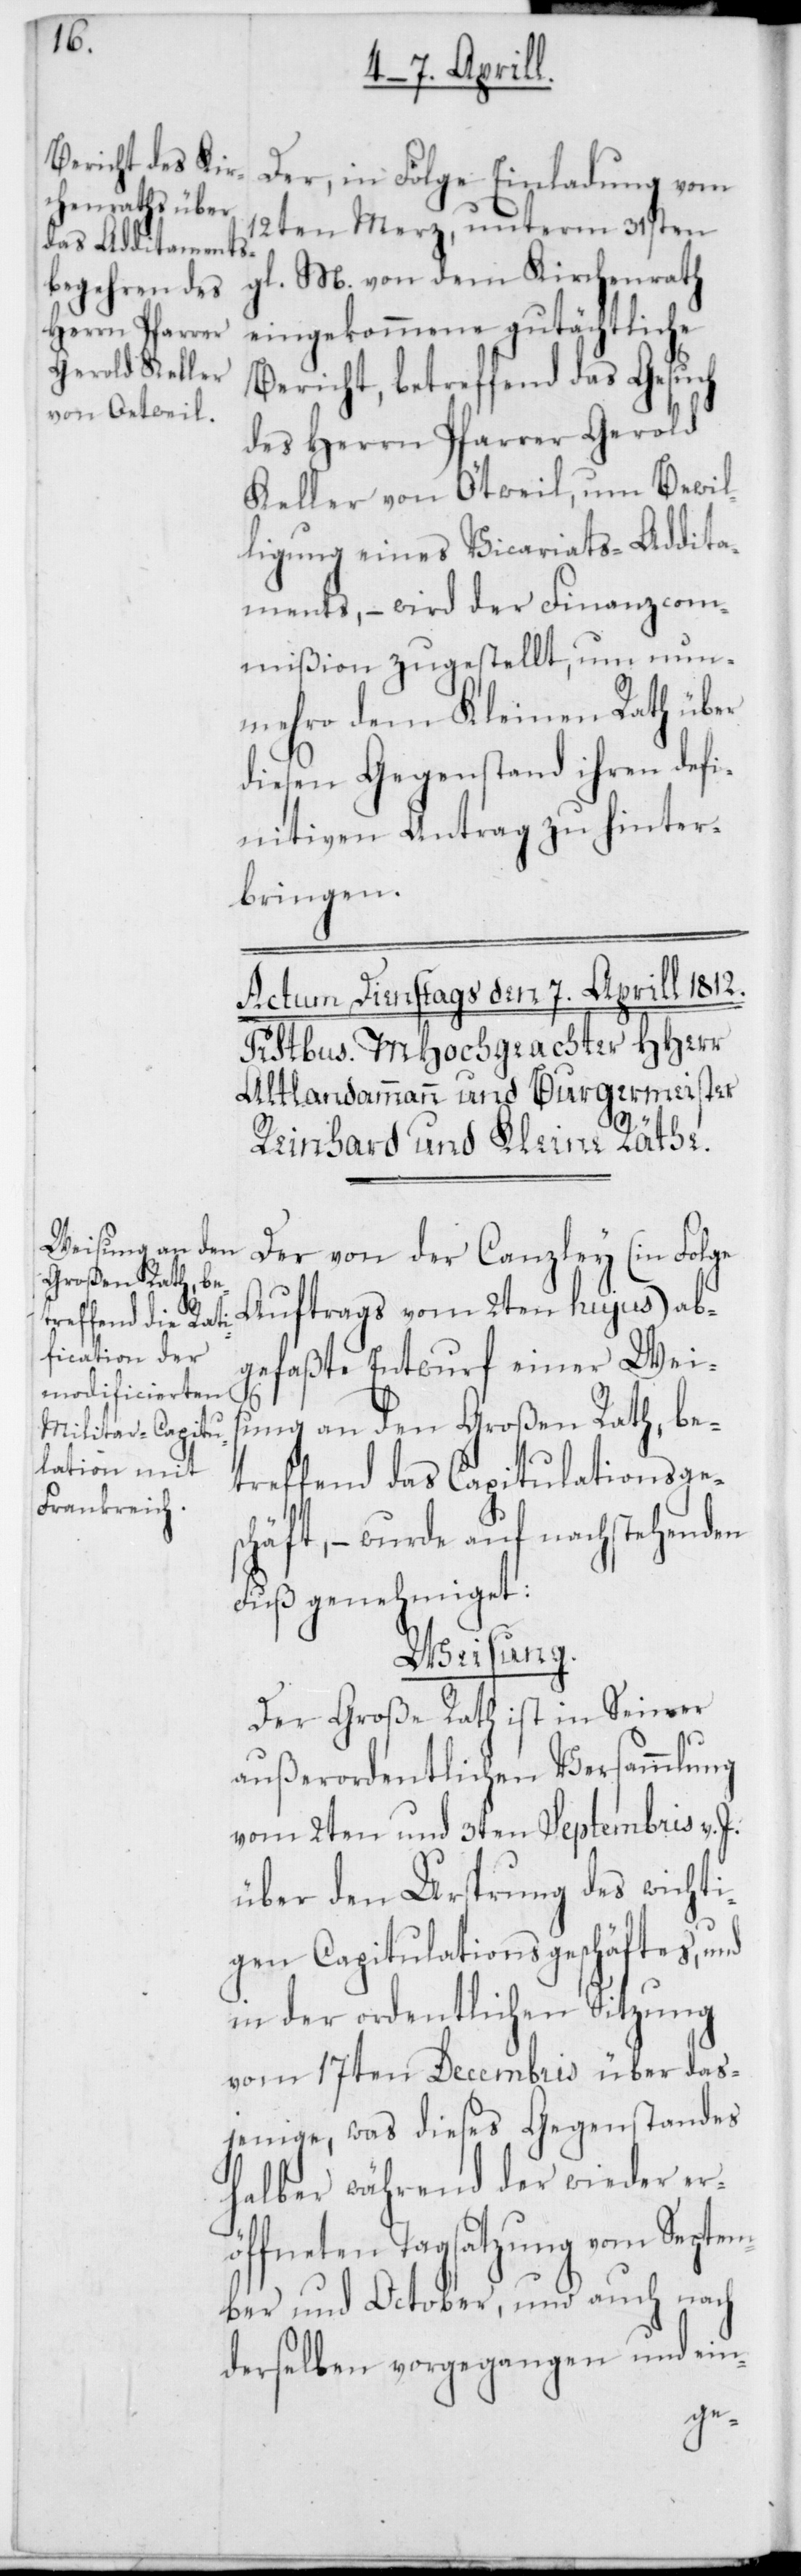
Der, in Folge Einladung vom
12ten Merz unterm 31sten
gl. M. von dem Kirchenrath
eingekommene gutächtliche
Bericht, betreffend das Gesuch
des Herrn Pfarrer Gerold
Keller von Ötweil, um Bewil¬
ligung eines Vicariats-Addita¬
ments, – wird der Finanzcom¬
mißion zugestellt, um nun¬
mehro dem Kleinen Rath über
diesen Gegenstand ihren defi¬
nitiven Antrag zu hinter¬
bringen.
Der von der Canzley (in Folge
Auftrags vom 2ten hujus) ab¬
gefaßte Entwurf einer Weis¬
ung an den Großen Rath, be¬
treffend das Capitulationsge¬
schäft, – wurde auf nachstehenden
Fuß genehmiget:
Weisung.
Der Große Rath ist in Seiner
außerordentlichen Versammlung
vom 2ten und 3ten Septembris v. J.
über den Ursprung des wichti¬
gen Capitulationsgeschäftes, und
in der ordentlichen Sitzung
vom 17ten Decembris über das¬
jenige, was dieses Gegenstandes
halber während der wiederer¬
öffneten Tagsatzung vom Septem¬
ber und October, und auch nach
derselben vorgegangen und ein-